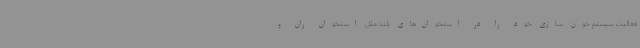
فعالیت سیستم خون سازی خود را در استخوان‌های بلند مثل استخوان ران و